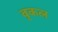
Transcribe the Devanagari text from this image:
वृकल